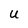
Character: U